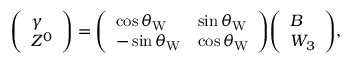
{ \left( \begin{array} { l } { \gamma } \\ { Z ^ { 0 } } \end{array} \right) } = { \left( \begin{array} { l l } { \cos \theta _ { \mathrm { W } } } & { \sin \theta _ { \mathrm { W } } } \\ { - \sin \theta _ { \mathrm { W } } } & { \cos \theta _ { \mathrm { W } } } \end{array} \right) } { \left( \begin{array} { l } { B } \\ { W _ { 3 } } \end{array} \right) } ,